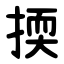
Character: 㨎